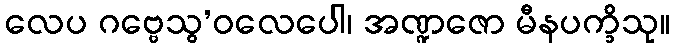
လေပ ဂဗ္ဗေသွ’ဝလေပေါ၊ အဏ္ဍဇော မီနပက္ခိသု။